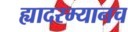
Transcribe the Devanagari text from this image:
ह्यादरम्यानच